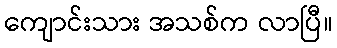
ကျောင်းသား အသစ်က လာပြီ။